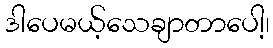
ဒါပေမယ့်သေချာတာပေါ့၊